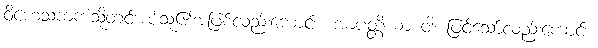
ဝိဟေသကကံသို့တင်အပ်သူ၏အဖြစ်လည်းကောင်း။ အာပတ္တိယာ ဝါ၊ ဖြင့်သော်လည်းကောင်း။